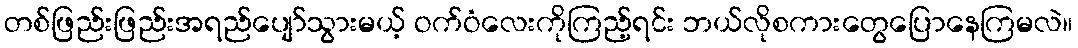
တစ်ဖြည်းဖြည်းအရည်ပျော်သွားမယ့် ဝက်ဝံလေးကိုကြည့်ရင်း ဘယ်လိုစကားတွေပြောနေကြမလဲ။